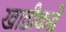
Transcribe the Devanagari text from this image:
खाडीकडे